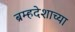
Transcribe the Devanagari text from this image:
ब्रम्हदेशाच्या